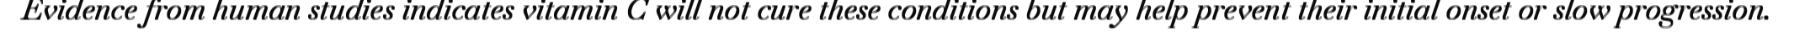
Evidence from human studies indicates vitamin C will not cure these conditions but may help prevent their initial onset or slow progression.